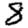
Digit: 8